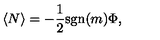
\langle N \rangle = - { \frac { 1 } { 2 } } \mathrm { s g n } ( m ) \Phi ,